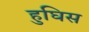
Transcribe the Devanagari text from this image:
हुघिस